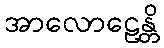
အာလောဠေန္တိ